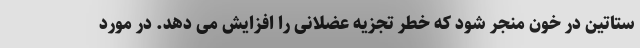
ستاتین در خون منجر شود که خطر تجزیه عضلانی را افزایش می دهد. در مورد